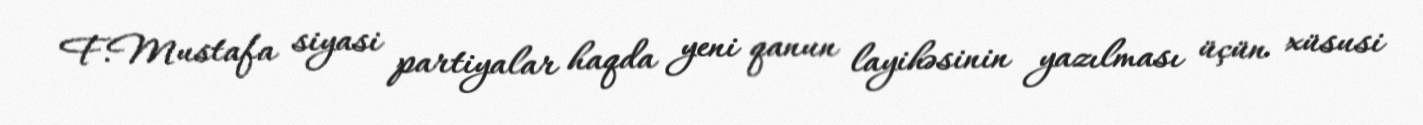
F.Mustafa siyasi partiyalar haqda yeni qanun layihəsinin yazılması üçün xüsusi